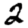
Digit: 2